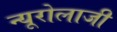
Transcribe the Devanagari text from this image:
न्यूरोलाजी